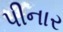
પીનાર